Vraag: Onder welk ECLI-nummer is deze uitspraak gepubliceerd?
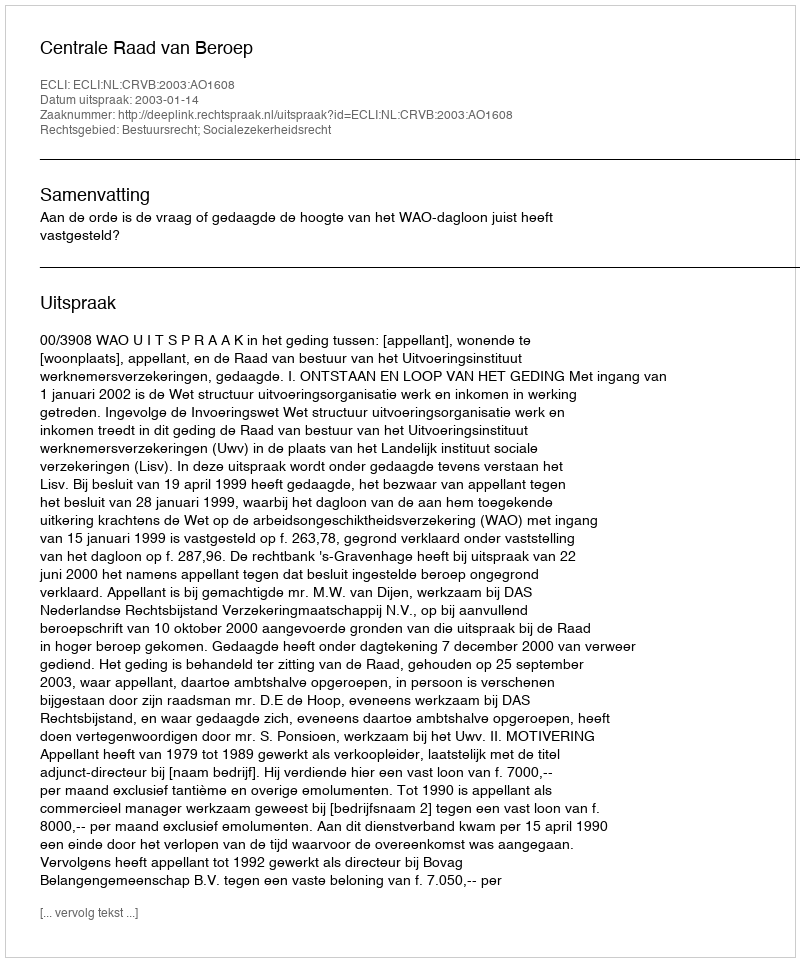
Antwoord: ECLI:NL:CRVB:2003:AO1608